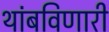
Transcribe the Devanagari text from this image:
थांबविणारी